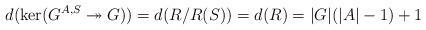
LaTeX: \begin{align*}d(\ker(G^{A,S}\twoheadrightarrow G))=d(R/R(S))=d(R)=\vert G\vert(\vert A\vert -1)+1\end{align*}